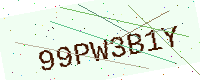
Text: 99PW3B1Y